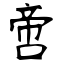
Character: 啻